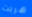
هربت